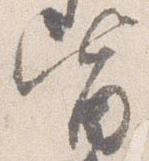
皆